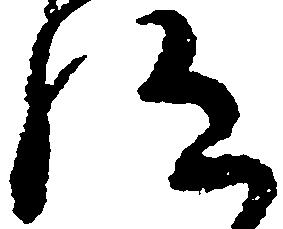
給